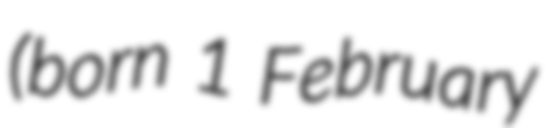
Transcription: (born 1 February